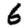
Digit: 6